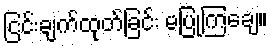
ငြင်းချက်ထုတ်ခြင်း မပြုကြချေ။